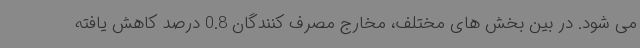
می شود. در بین بخش های مختلف، مخارج مصرف کنندگان 0.8 درصد کاهش یافته